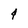
Character: 4